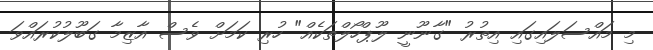
މި މައްސަލައިގައި އިތުރު "ގާނޫނީ ލޫޕްހޯލްތަކެއް" ހުރި ކަމަށް ވެސް އާޒިމާ ގަބޫލުކުރައްވަ